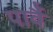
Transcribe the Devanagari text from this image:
पार्वै